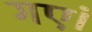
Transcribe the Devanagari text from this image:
गएं।